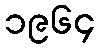
၁၉၆၄